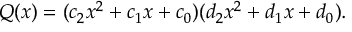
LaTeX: Q ( x ) = ( c _ { 2 } x ^ { 2 } + c _ { 1 } x + c _ { 0 } ) ( d _ { 2 } x ^ { 2 } + d _ { 1 } x + d _ { 0 } ) .